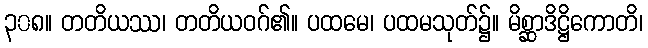
၃၀၈။ တတိယဿ၊ တတိယဝဂ်၏။ ပထမေ၊ ပထမသုတ်၌။ မိစ္ဆာဒိဋ္ဌိကောတိ၊